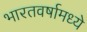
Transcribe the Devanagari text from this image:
भारतवर्षामध्ये